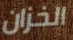
الخزان